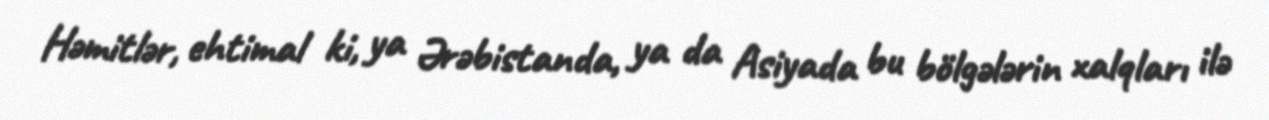
Həmitlər, ehtimal ki, ya Ərəbistanda, ya da Asiyada bu bölgələrin xalqları ilə